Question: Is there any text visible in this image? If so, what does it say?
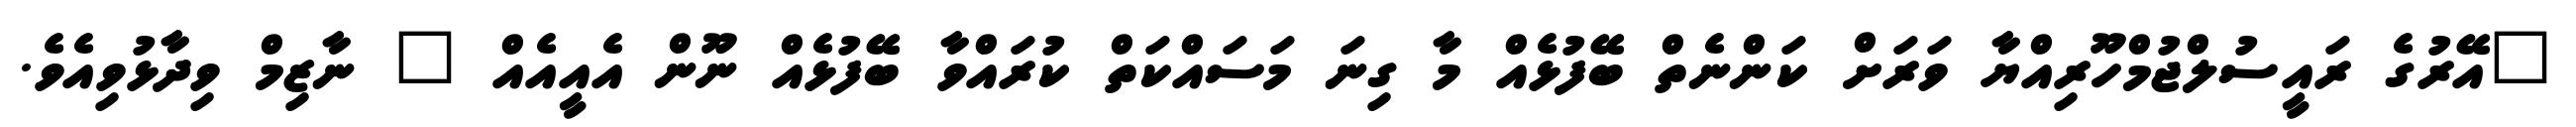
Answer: "އޭރުގެ ރައީސުލްޖުމްހޫރިއްޔާ ވަރަށް ކަންނެތް ބޭފުޅެއް މާ ގިނަ މަސައްކަތް ކުރައްވާ ބޭފުޅެއް ނޫން އެއީއެއް " ނާޒިމް ވިދާޅުވިއެވެ.